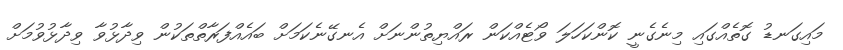
މައިގަނޑު ގޮތެއްގައި މިނެގެނީ ކޮންކަހަލަ ވޯޓެއްކަން ރައްޔިތުންނަށް އެނގޭނެކަމަށް ބައެއްފަރާތްތަކުން ވިދާޅުވާ ވިދާޅުވުމަށް